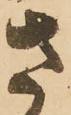
さ